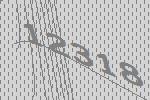
12318